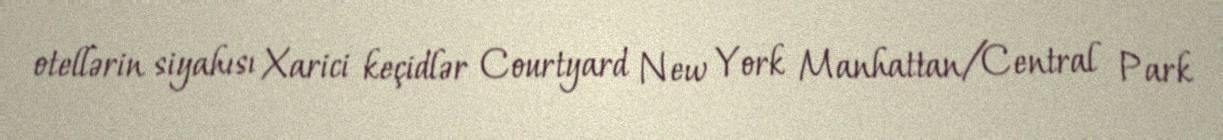
otellərin siyahısı Xarici keçidlər Courtyard New York Manhattan/Central Park